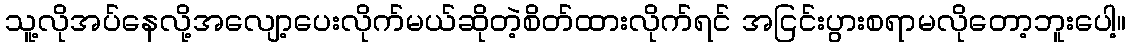
သူ့လိုအပ်နေလို့အလျော့ပေးလိုက်မယ်ဆိုတဲ့စိတ်ထားလိုက်ရင် အငြင်းပွားစရာမလိုတော့ဘူးပေါ့။